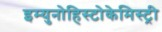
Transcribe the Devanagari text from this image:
इम्युनोहिस्टोकेमिस्ट्री